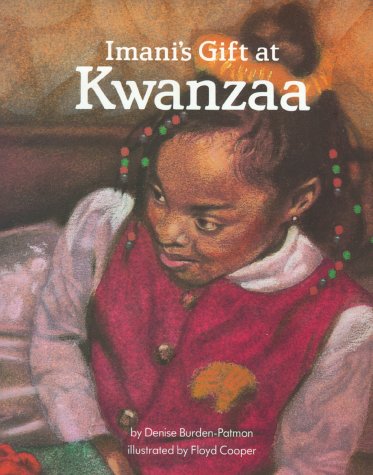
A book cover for Imani's Gift At Kwanzaa (Multicultural Celebrations); Denise Burden-Patmon; Children's Books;